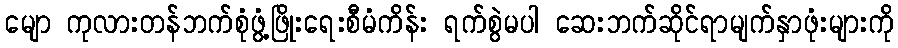
မျော ကုလားတန်ဘက်စုံဖွံ့ဖြိုးရေးစီမံကိန်း ရက်စွဲမပါ ဆေးဘက်ဆိုင်ရာမျက်နှာဖုံးများကို